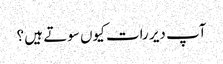
آپ دیر رات کیوں سوتے ہیں ؟